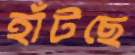
হাঁটছে